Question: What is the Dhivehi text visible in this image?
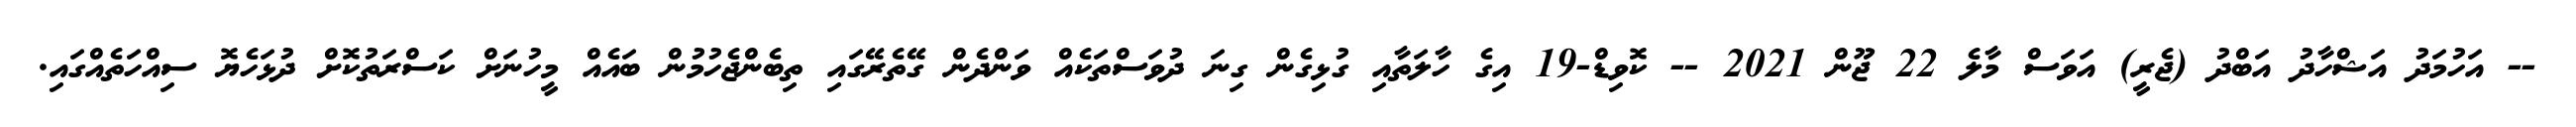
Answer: -- އަހުމަދު އަޝްހާދު އަބްދު (ޖެރީ) އަވަސް މާލެ 22 ޖޫން 2021 -- ކޮވިޑް-19 އިގެ ހާލަތާއި ގުޅިގެން ގިނަ ދުވަސްތަކެއް ވަންދެން ގޭތެރޭގައި ތިބެންޖެހުމުން ބައެއް މީހުނަށް ކަސްރަތުކޮށް ދުޅަހެޔޮ ސިއްހަތެއްގައި.